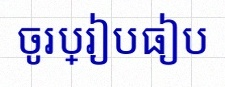
ចូរប្រៀបធៀប